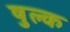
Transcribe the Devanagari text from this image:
षुल्क